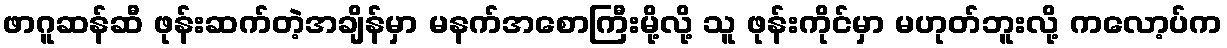
ဖာဂူဆန်ဆီ ဖုန်းဆက်တဲ့အချိန်မှာ မနက်အစောကြီးမို့လို့ သူ ဖုန်းကိုင်မှာ မဟုတ်ဘူးလို့ ကလော့ပ်က